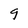
Character: 9